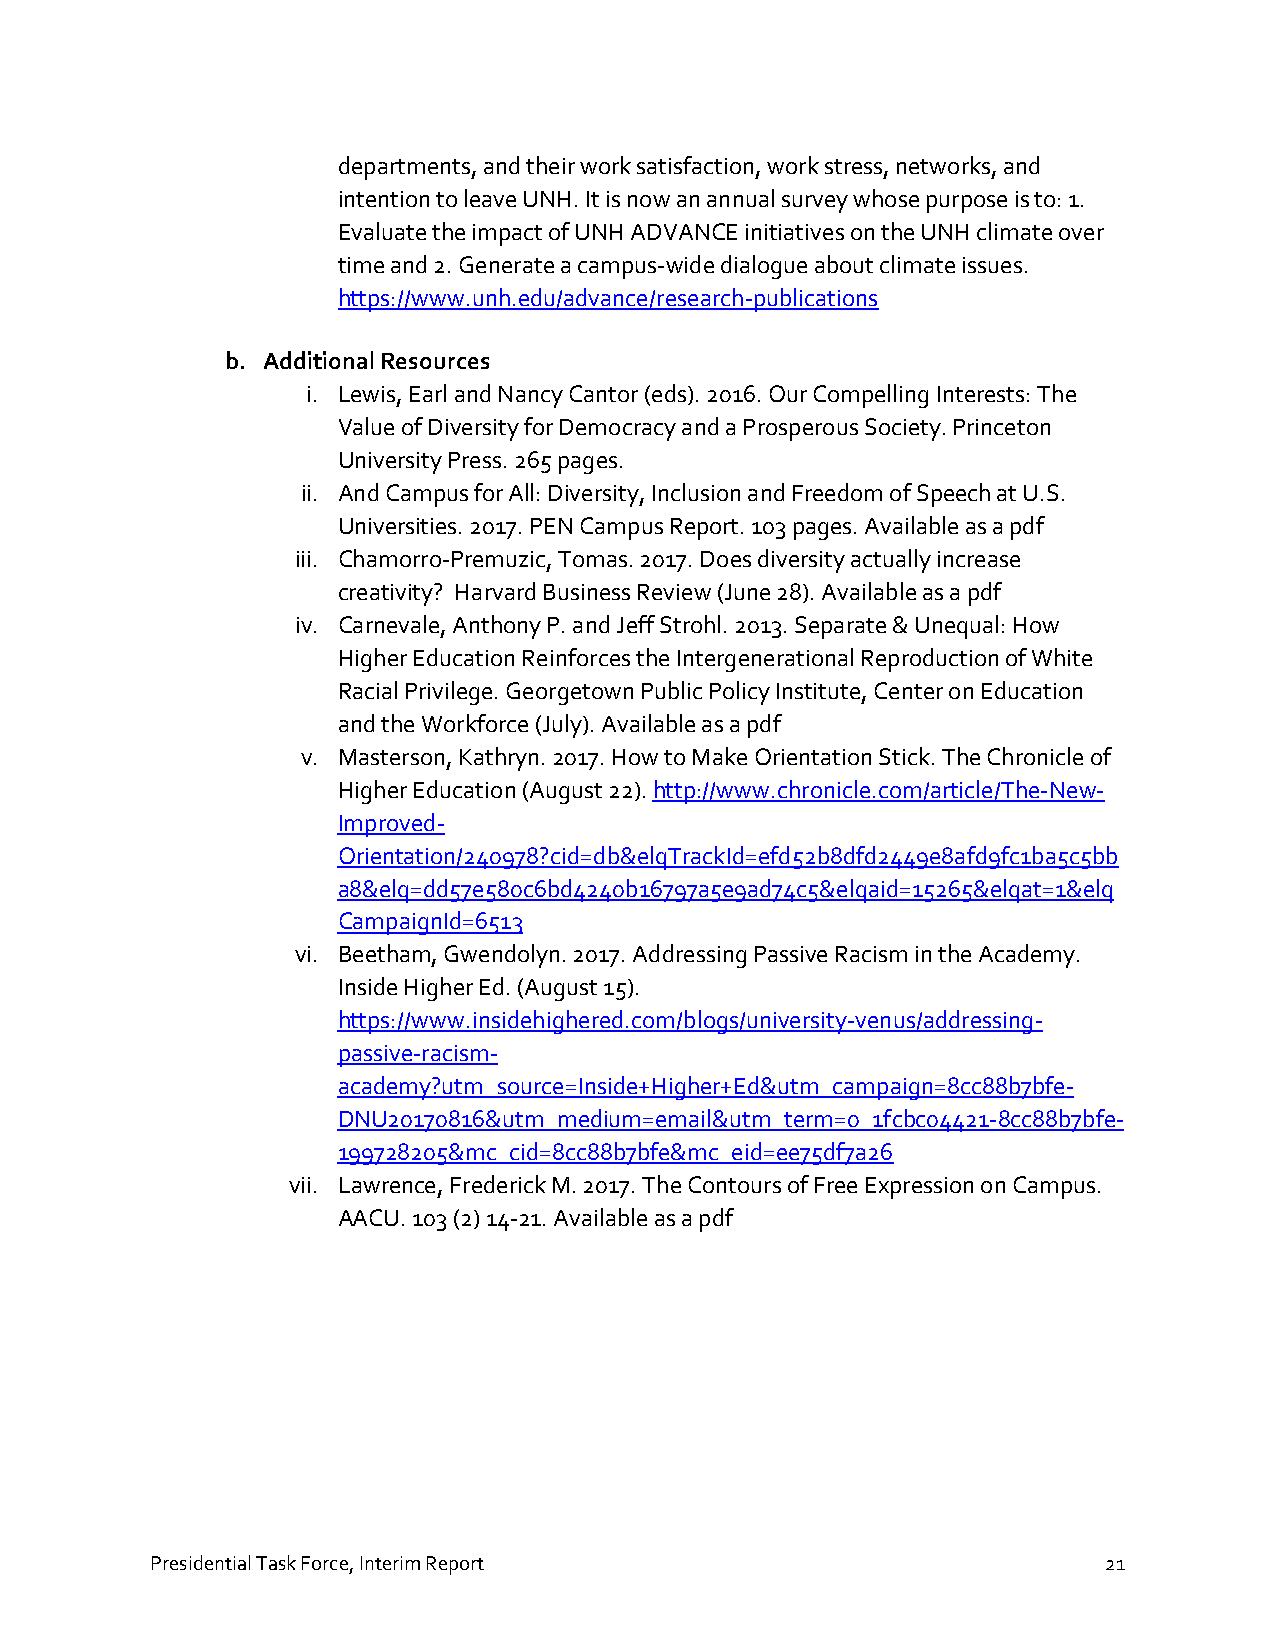
departments, and their work satisfaction, work stress, networks, and
 intention to leave UNH. It is now an annual survey whose purpose is to: 1.
 Evaluate the impact of UNH ADVANCE initiatives on the UNH climate over
 time and 2. Generate a campus-wide dialogue about climate issues.
 https://www.unh.edu/advance/research-publications
 b. Additional Resources
 i. Lewis, Earl and Nancy Cantor (eds). 2016. Our Compelling Interests: The
 Value of Diversity for Democracy and a Prosperous Society. Princeton
 University Press. 265 pages.
 ii. And Campus for All: Diversity, Inclusion and Freedom of Speech at U.S.
 Universities. 2017. PEN Campus Report. 103 pages. Available as a pdf
 iii. Chamorro-Premuzic, Tomas. 2017. Does diversity actually increase
 creativity? Harvard Business Review (June 28). Available as a pdf
 iv. Carnevale, Anthony P. and Jeff Strohl. 2013. Separate & Unequal: How
 Higher Education Reinforces the Intergenerational Reproduction of White
 Racial Privilege. Georgetown Public Policy Institute, Center on Education
 and the Workforce (July). Available as a pdf
 v. Masterson, Kathryn. 2017. How to Make Orientation Stick. The Chronicle of
 Higher Education (August 22). http://www.chronicle.com/article/The-New-
 Improved-
 Orientation/240978?cid=db&elqTrackId=efd52b8dfd2449e8afd9fc1ba5c5bb
 a8&elq=dd57e580c6bd4240b16797a5e9ad74c5&elqaid=15265&elqat=1&elq
 CampaignId=6513
 vi. Beetham, Gwendolyn. 2017. Addressing Passive Racism in the Academy.
 Inside Higher Ed. (August 15).
 https://www.insidehighered.com/blogs/university-venus/addressing-
 passive-racism-
 academy?utm_source=Inside+Higher+Ed&utm_campaign=8cc88b7bfe-
 DNU20170816&utm_medium=email&utm_term=0_1fcbc04421-8cc88b7bfe-
 199728205&mc_cid=8cc88b7bfe&mc_eid=ee75df7a26
 vii. Lawrence, Frederick M. 2017. The Contours of Free Expression on Campus.
 AACU. 103 (2) 14-21. Available as a pdf
 Presidential Task Force, Interim Report                        21